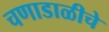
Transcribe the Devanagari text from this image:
चणाडाळीचे